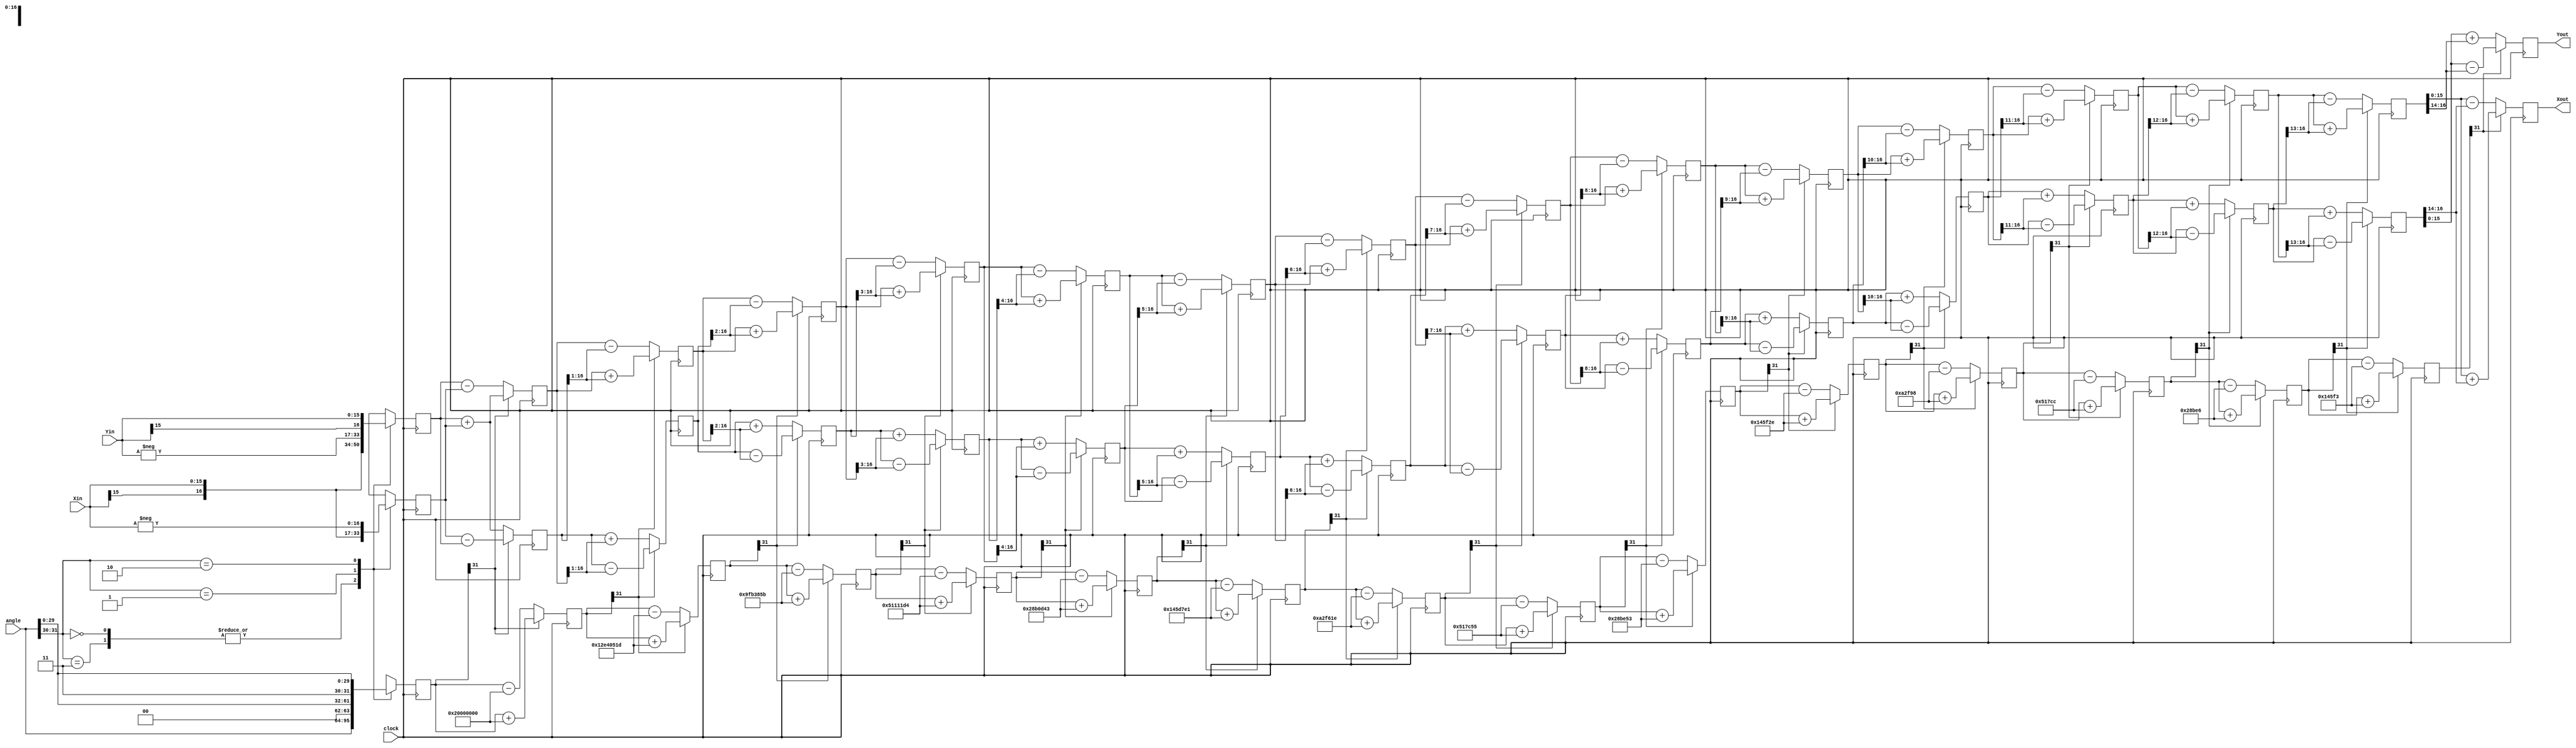
//CORDIC implementation for pipelined algorithm for Final Project for VLSI1
//Saqib Khan, Gayathri Koya, Kaustubh Shinde. Source Code by Kirk Weedman.
`timescale 1 ns/100 ps

// NOTE: 1. Input angle is a modulo of 2*PI scaled to fit in a 32bit register. The user must translate
//          this angle to a value from 0 - (2^32-1).  0 deg = 32'h0, 359.9999... = 32'hFF_FF_FF_FF
//          To translate from degrees to a 32 bit value, multiply 2^32 by the angle (in degrees),
//          then divide by 360
//       2. Size of Xout, Yout is 1 bit larger due to a system gain of 1.647 (which is < 2)
module pipelined (clock, angle, Xin, Yin, Xout, Yout);
   
   parameter XY_SZ = 16;   // width of input and output data
   
   localparam STG = XY_SZ; // same as bit width of X and Y
   
   input                      clock;
   // angle is a signed value in the range of -PI to +PI that must be represented as a 32 bit signed number
   input  signed       [31:0] angle;
   input  signed  [XY_SZ-1:0] Xin;
   input  signed  [XY_SZ-1:0] Yin;
   output signed    [XY_SZ-1:0] Xout;
   output signed    [XY_SZ-1:0] Yout;
   
   //------------------------------------------------------------------------------
   //                             arctan table
   //------------------------------------------------------------------------------
   
   // Note: The atan_table was chosen to be 31 bits wide giving resolution up to atan(2^-30)
   wire signed [31:0] atan_table [0:30];
   
   // upper 2 bits = 2'b00 which represents 0 - PI/2 range
   // upper 2 bits = 2'b01 which represents PI/2 to PI range
   // upper 2 bits = 2'b10 which represents PI to 3*PI/2 range (i.e. -PI/2 to -PI)
   // upper 2 bits = 2'b11 which represents 3*PI/2 to 2*PI range (i.e. 0 to -PI/2)
   // The upper 2 bits therefore tell us which quadrant we are in.
   assign atan_table[00] = 32'b00100000000000000000000000000000; // 45.000 degrees -> atan(2^0)
   assign atan_table[01] = 32'b00010010111001000000010100011101; // 26.565 degrees -> atan(2^-1)
   assign atan_table[02] = 32'b00001001111110110011100001011011; // 14.036 degrees -> atan(2^-2)
   assign atan_table[03] = 32'b00000101000100010001000111010100; // atan(2^-3)
   assign atan_table[04] = 32'b00000010100010110000110101000011;
   assign atan_table[05] = 32'b00000001010001011101011111100001;
   assign atan_table[06] = 32'b00000000101000101111011000011110;
   assign atan_table[07] = 32'b00000000010100010111110001010101;
   assign atan_table[08] = 32'b00000000001010001011111001010011;
   assign atan_table[09] = 32'b00000000000101000101111100101110;
   assign atan_table[10] = 32'b00000000000010100010111110011000;
   assign atan_table[11] = 32'b00000000000001010001011111001100;
   assign atan_table[12] = 32'b00000000000000101000101111100110;
   assign atan_table[13] = 32'b00000000000000010100010111110011;
   assign atan_table[14] = 32'b00000000000000001010001011111001;
   assign atan_table[15] = 32'b00000000000000000101000101111101;
   assign atan_table[16] = 32'b00000000000000000010100010111110;
   assign atan_table[17] = 32'b00000000000000000001010001011111;
   assign atan_table[18] = 32'b00000000000000000000101000101111;
   assign atan_table[19] = 32'b00000000000000000000010100011000;
   assign atan_table[20] = 32'b00000000000000000000001010001100;
   assign atan_table[21] = 32'b00000000000000000000000101000110;
   assign atan_table[22] = 32'b00000000000000000000000010100011;
   assign atan_table[23] = 32'b00000000000000000000000001010001;
   assign atan_table[24] = 32'b00000000000000000000000000101000;
   assign atan_table[25] = 32'b00000000000000000000000000010100;
   assign atan_table[26] = 32'b00000000000000000000000000001010;
   assign atan_table[27] = 32'b00000000000000000000000000000101;
   assign atan_table[28] = 32'b00000000000000000000000000000010;
   assign atan_table[29] = 32'b00000000000000000000000000000001; // atan(2^-29)
   assign atan_table[30] = 32'b00000000000000000000000000000000;
   
   //------------------------------------------------------------------------------
   //                              registers
   //------------------------------------------------------------------------------
   
   //stage outputs
   reg signed [XY_SZ:0] X [0:STG-1];
   reg signed [XY_SZ:0] Y [0:STG-1];
   reg signed    [31:0] Z [0:STG-1]; // 32bit
   
   //------------------------------------------------------------------------------
   //                               stage 0
   //------------------------------------------------------------------------------
   wire                 [1:0] quadrant;
   assign   quadrant = angle[31:30];
   
   always @(posedge clock)
   begin // make sure the rotation angle is in the -pi/2 to pi/2 range.  If not then pre-rotate
      case (quadrant)
         2'b00,
         2'b11:   // no pre-rotation needed for these quadrants
         begin    // X[n], Y[n] is 1 bit larger than Xin, Yin, but Verilog handles the assignments properly
            X[0] <= Xin;
            Y[0] <= Yin;
            Z[0] <= angle;
         end
         
         2'b01:
         begin
            X[0] <= -Yin;
            Y[0] <= Xin;
            Z[0] <= {2'b00,angle[29:0]}; // subtract pi/2 from angle for this quadrant
         end
         
         2'b10:
         begin
            X[0] <= Yin;
            Y[0] <= -Xin;
            Z[0] <= {2'b11,angle[29:0]}; // add pi/2 to angle for this quadrant
         end
         
      endcase
   end
   
   //------------------------------------------------------------------------------
   //                           generate stages 1 to STG-1
   //------------------------------------------------------------------------------
   genvar i;

   generate
   for (i=0; i < (STG-1); i=i+1)
   begin: XYZ
      wire                   Z_sign;
      wire signed  [XY_SZ:0] X_shr, Y_shr; 
   
      assign X_shr = X[i] >>> i; // signed shift right
      assign Y_shr = Y[i] >>> i;
   
      //the sign of the current rotation angle
      assign Z_sign = Z[i][31]; // Z_sign = 1 if Z[i] < 0
   
      always @(posedge clock)
      begin
         // add/subtract shifted data
         X[i+1] <= Z_sign ? X[i] + Y_shr         : X[i] - Y_shr;
         Y[i+1] <= Z_sign ? Y[i] - X_shr         : Y[i] + X_shr;
         Z[i+1] <= Z_sign ? Z[i] + atan_table[i] : Z[i] - atan_table[i];
      end
   end
   endgenerate
   
   
   //------------------------------------------------------------------------------
   //                                 output
   //------------------------------------------------------------------------------
   assign Xout = X[STG-1];
   assign Yout = Y[STG-1];

endmodule